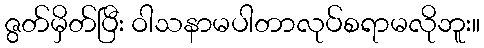
ဇွတ်မှိတ်ပြီး ဝါသနာမပါတာလုပ်စရာမလိုဘူး။